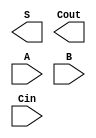
`timescale 1ns / 1ps
module cla_adder (
        output  [7: 0] S,
        output         Cout,
        input   [7: 0] A,
        input   [7: 0] B,
        input          Cin
    );

	//TODO 1: implemetati logica unui sumator carry-lookahead pe 4 biti,

    
endmodule